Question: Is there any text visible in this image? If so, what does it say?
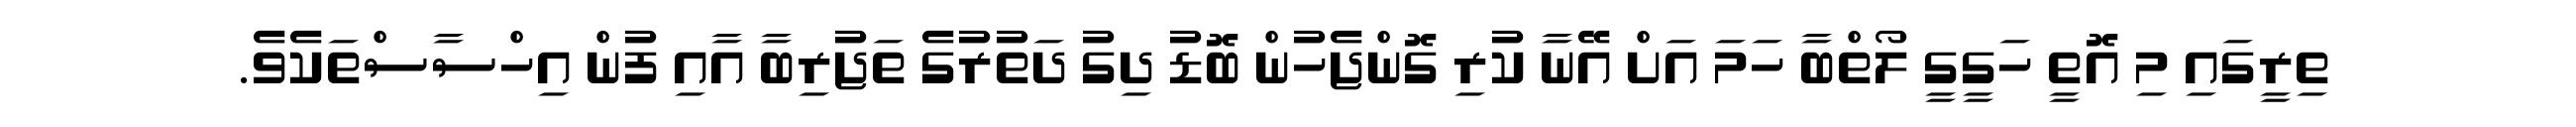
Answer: ތިރީގައި މި އޮތީ ހަގީގީ ލޯތްބާ ހަމަ އަށް އޭނާ ކުރި ގޮންޖެހުން ބޮޑު ދިގު ދަތުރުގެ ތަޖުރިބާ އާއި ފުން އިހްސާސްތަކެވެ.